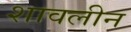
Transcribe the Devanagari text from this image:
शावलीन